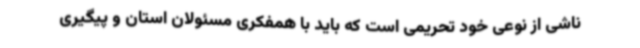
ناشی از نوعی خود تحریمی است که باید با همفکری مسئولان استان و پیگیری